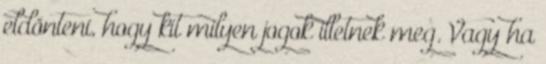
eldönteni, hogy kit milyen jogok illetnek meg. Vagy ha